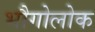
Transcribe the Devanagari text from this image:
भौगोलोक